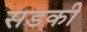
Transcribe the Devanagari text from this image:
सडकी